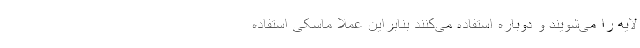
لایه را می‌شویند و دوباره استفاده می‌کنند بنابراین عملا ماسکی استفاده